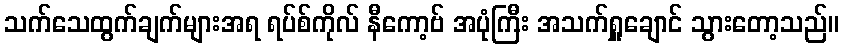
သက်သေထွက်ချက်များအရ ရပ်စ်ကိုလ် နီကော့ဗ် အပုံကြီး အသက်ရှူချောင် သွားတော့သည်။